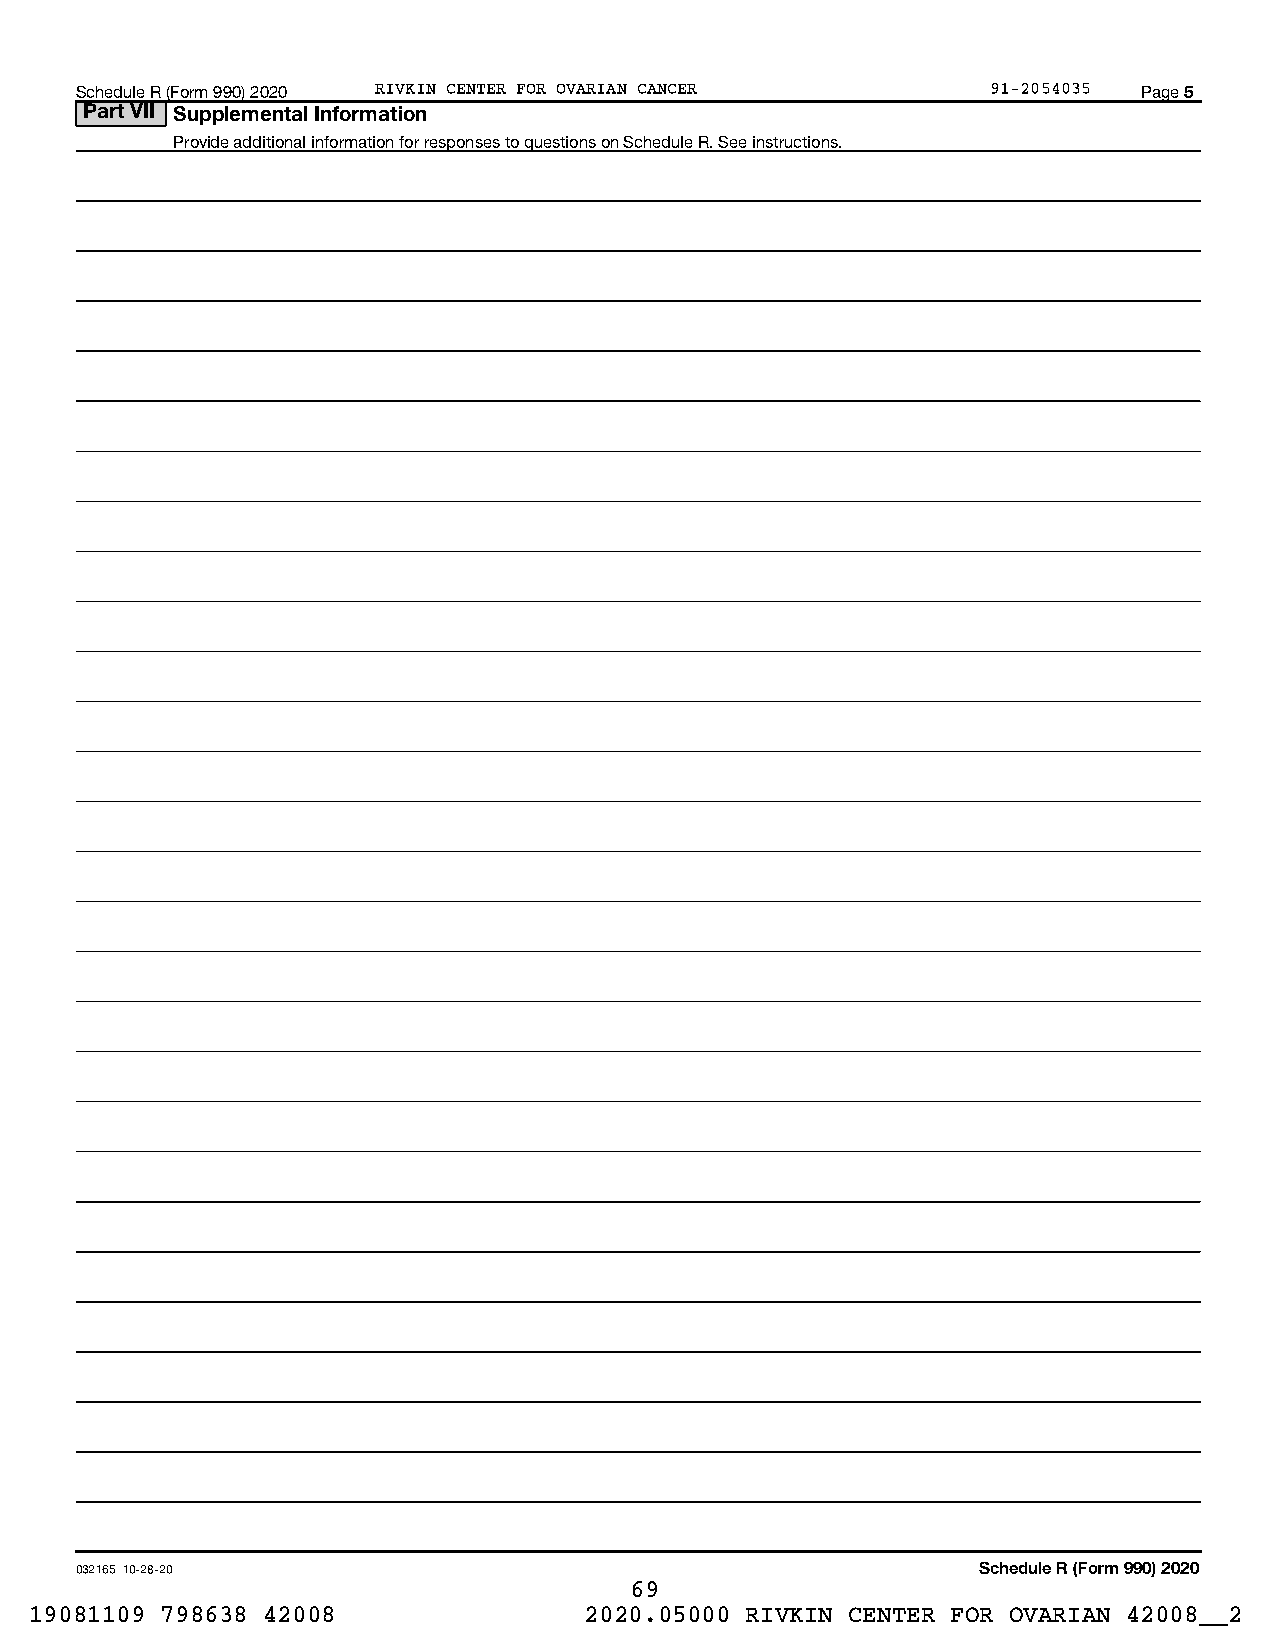
Schedule R (Form 990) 2020 RIVKIN CENTER FOR OVARIAN CANCER  91-2054035 Page 5
 Part VII Supplemental Information
 Provide additional information for responses to questions on Schedule R. See instructions.
 032165 10-28-20                                             Schedule R (Form 990) 2020
 69
 19081109 798638 42008                2020.05000 RIVKIN CENTER FOR OVARIAN 42008__2